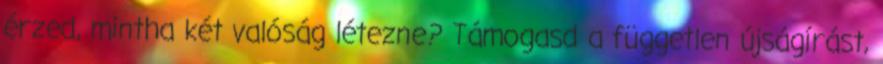
érzed, mintha két valóság létezne? Támogasd a független újságírást,